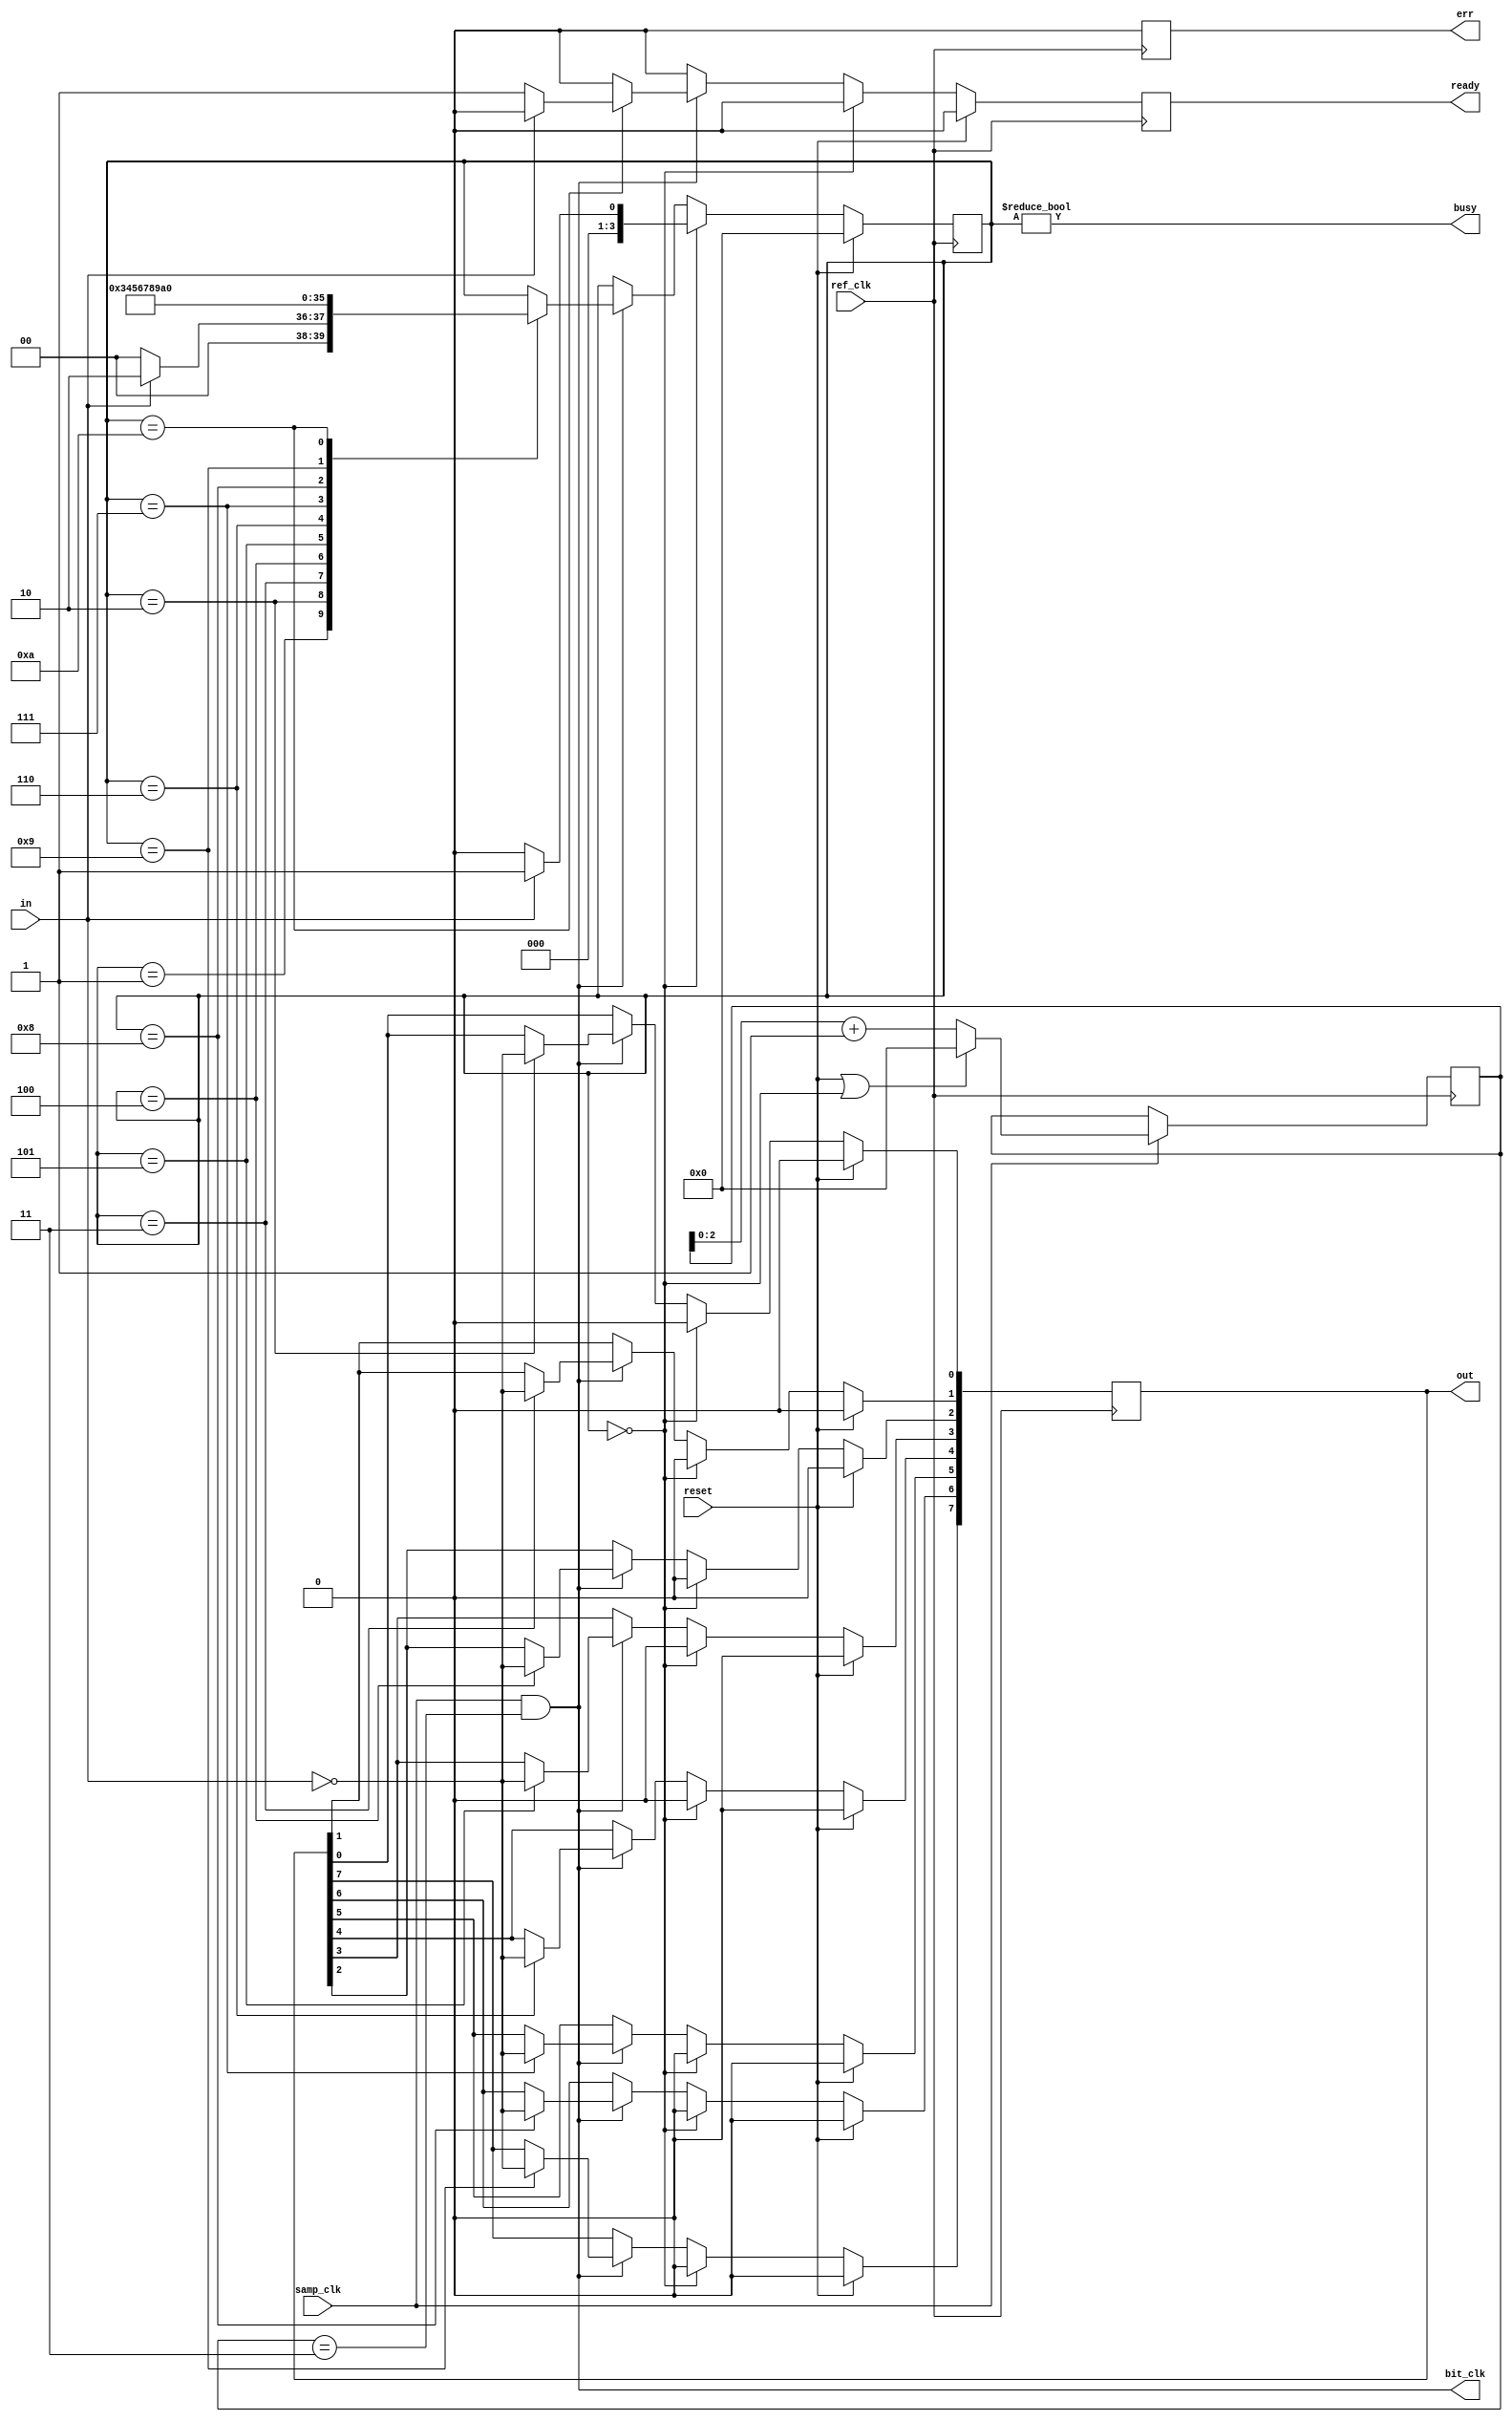
module uart_rx(
  input wire       ref_clk,   // logic clock
  input wire       samp_clk,  // bit sampling clock
  input wire       in,
  input wire       reset,
  output reg [7:0] out,
  output wire      busy,
  output reg       ready,
  output reg       err,
  output wire      bit_clk
);

parameter Oversample = 3;

reg [Oversample:0] phase_cnt = 0;

// Start the phase counter on the rising edge of the start bit
always @(posedge ref_clk)
  if(samp_clk)
  begin
    if(reset || state==0)
      phase_cnt <= 0;
    else
      phase_cnt <= phase_cnt[Oversample-1:0]+1;
  end

// samples 90 deg. after rising edge
assign bit_clk = samp_clk & phase_cnt==(2**Oversample)/2-1; //{1'b0, {Oversample-1{1'b1}}};


localparam S_IDLE = 0,
           S_START= 1,
           S_BIT0 = 2,
           S_BIT1 = 3,
           S_BIT2 = 4,
           S_BIT3 = 5,
           S_BIT4 = 6,
           S_BIT5 = 7,
           S_BIT6 = 8,
           S_BIT7 = 9,
           S_STOP = 10,
           S_DONE = 11;

reg [3:0] state = S_IDLE;

assign busy = state!=S_IDLE;

always @(posedge ref_clk)
  begin
    ready <= 0;
    err   <= 0;
    if(reset) begin
      out   <= 0;
      state <= S_IDLE;
    end else if(state==S_IDLE) begin
      // handle S_IDLE specially as the transition from IDLE -> START
      // resets the phase of bit_clk
      out   <= 0;
      state <= in ? S_START : S_IDLE;
    end else if(bit_clk) case(state)
    S_START:begin
        state <= in ? S_BIT0 : S_IDLE;
    end
    S_BIT0: begin
        out[0] <= ~in;
        state  <= S_BIT1;
    end
    S_BIT1: begin
        out[1] <= ~in;
        state  <= S_BIT2;
    end
    S_BIT2: begin
        out[2] <= ~in;
        state  <= S_BIT3;
    end
    S_BIT3: begin
        out[3] <= ~in;
        state  <= S_BIT4;
    end
    S_BIT4: begin
        out[4] <= ~in;
        state  <= S_BIT5;
    end
    S_BIT5: begin
        out[5] <= ~in;
        state  <= S_BIT6;
    end
    S_BIT6: begin
        out[6] <= ~in;
        state  <= S_BIT7;
    end
    S_BIT7: begin
        out[7] <= ~in;
        state  <= S_STOP;
    end
    S_STOP:begin
        state <= S_IDLE;
        if(!in) begin
          ready <= 1;
        end else begin
          err   <= 0;
        end
    end
    endcase
  end

endmodule